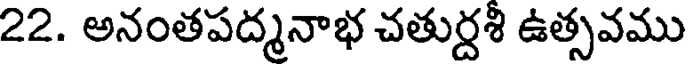
22. అనంతపద్మనాభ చతుర్దశి ఉత్సవము